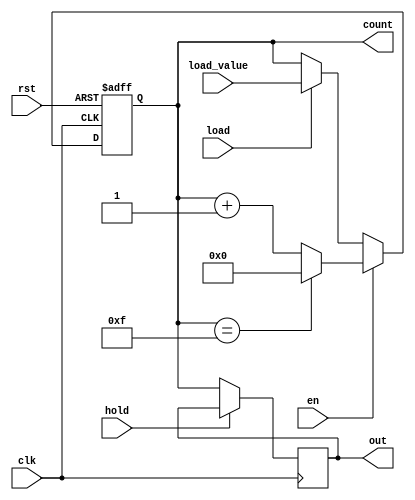
module synchronous_counter (
    input wire clk,          // Clock signal
    input wire rst,          // Asynchronous reset signal
    input wire en,           // Enable signal for counting
    input wire hold,         // Control signal to hold output
    input wire load,         // Control signal to load a specific value
    input wire [3:0] load_value, // Value to load into the counter
    output reg [3:0] count,  // 4-bit counter output
    output reg [3:0] out     // Final output reflecting the current count
);

// Synchronous counter logic
always @(posedge clk or posedge rst) begin
    if (rst) begin
        count <= 4'b0000;  // Reset counter to 0
    end else if (en) begin
        if (count == 4'b1111) begin
            count <= 4'b0000;  // Wrap around on overflow
        end else begin
            count <= count + 1; // Increment counter
        end
    end else if (load) begin
        count <= load_value; // Load specified value into counter
    end
end

// Output control logic
always @(posedge clk) begin
    if (hold) begin
        out <= out; // Hold the current output
    end else begin
        out <= count; // Update output with current count
    end
end

endmodule